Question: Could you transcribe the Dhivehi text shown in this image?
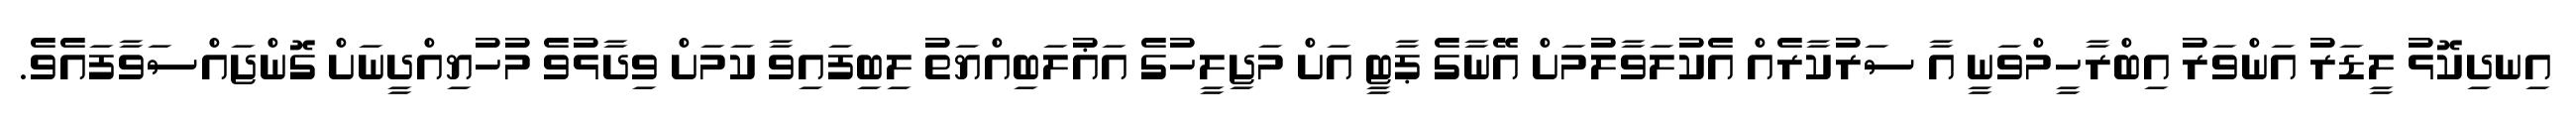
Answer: އިނދިކޮޅު ލީޑަރު އަންވަރު އިބްރާހީމްވަނީ އާ ސަރުކާރެއް އެކުލަވާލުމަށް އޭނާގެ ޕާޓީ އަށް މަޖިލީހުގެ އަޣުލަބިއްޔަތު ލިބިފައިވާ ކަމަށް ވިދާޅުވެ މުހުޔިއްދީނަށް ގޮންޖައްސަވާފައެވެ.